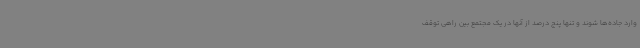
وارد جاده‌ها شوند و تنها پنج درصد از آنها در یک مجتمع بین راهی توقف